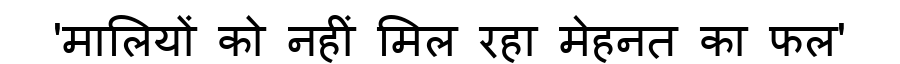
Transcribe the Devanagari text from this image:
'मालियों को नहीं मिल रहा मेहनत का फल'